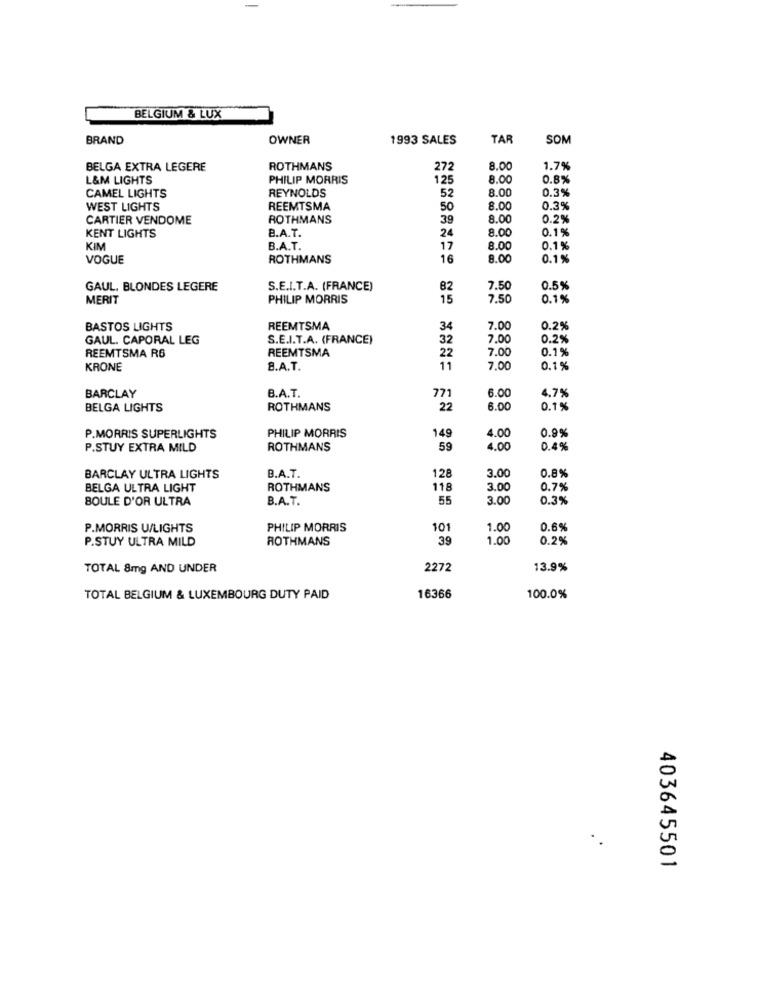
BELGIUM & LUX
BRAND
OWNER
1993 SALES
TAR
SOM
BELGA EXTRA LEGERE
ROTHMANS
272
8.00
1.7%
L&M LIGHTS
PHILIP MORRIS
125
8.00
0.8%
REYNOLDS
8.00
0.3%
CAMEL LIGHTS
52
WEST LIGHTS
REEMTSMA
50
8.00
0.3%
CARTIER VENDOME
ROTHMANS
39
8.00
0.2%
B.A.T.
24
8.00
0.1%
KENT LIGHTS
KIM
B.A.T.
17
8.00
0.1%
VOGUE
ROTHMANS
16
8.00
0.1 %
GAUL. BLONDES LEGERE
S.E.I.T.A. (FRANCE)
82
7.50
0.5%
MERIT
PHILIP MORRIS
15
7.50
0.1%
BASTOS LIGHTS
REEMTSMA
34
7.00
0.2%
GAUL. CAPORAL LEG
S.E.I.T.A. (FRANCE)
32
7.00
0.2%
REEMTSMA R6
REEMTSMA
7.00
0.1%
22
KRONE
8.A.T.
11
7,00
0.1%
BARCLAY
B.A.T.
771
6.00
4.7%
BELGA LIGHTS
ROTHMANS
22
6.00
0.1%
4.00
0.9%
P.MORRIS SUPERLIGHTS
PHILIP MORRIS
149
P.STUY EXTRA MILD
ROTHMANS
59
4.00
0.4%
3.0
0.8%
BARCLAY ULTRA LIGHTS
B.A.T.
128
BELGA ULTRA LIGHT
ROTHMANS
118
3.0
0.7%
BOULE D'OR ULTRA
B.A.T.
55
3.0
0.3%
P.MORRIS U/LIGHTS
PHILIP MORRIS
101
1.00
0.6%
P.STUY ULTRA MILD
ROTHMANS
39
1.00
0.2%
TOTAL 8mg AND UNDER
2272
13.9%
TOTAL BELGIUM & LUXEMBOURG DUTY PAID
16366
100.0%
..
403645501